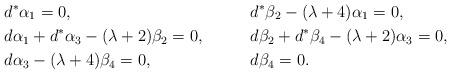
LaTeX: \begin{align*}&d^\ast\alpha_1 =0, & &d^\ast\beta_2 -(\lambda+4)\alpha_1=0,\\&d\alpha_1 + d^\ast\alpha_3 - (\lambda+2)\beta_2 =0, & &d\beta_2 + d^\ast\beta_4 - (\lambda+2)\alpha_3 =0,\\&d\alpha_3 - (\lambda+4)\beta_4 =0, & &d\beta_4=0.\end{align*}